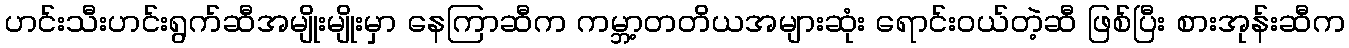
ဟင်းသီးဟင်းရွက်ဆီအမျိုးမျိုးမှာ နေကြာဆီက ကမ္ဘာ့တတိယအများဆုံး ရောင်းဝယ်တဲ့ဆီ ဖြစ်ပြီး စားအုန်းဆီက